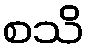
စသိ